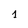
Character: 1